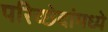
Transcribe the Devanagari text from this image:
परिच्छेदांमध्ये